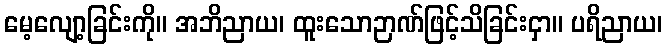
မေ့လျော့ခြင်းကို။ အဘိညာယ၊ ထူးသောဉာဏ်ဖြင့်သိခြင်းငှာ။ ပရိညာယ၊